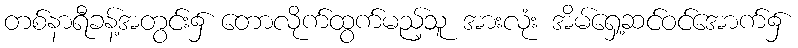
တစ်နာရီခန့်အတွင်း၌ တောလိုက်ထွက်မည့်သူ အားလုံး အိမ်ရှေ့ဆင်ဝင်အောက်၌